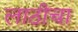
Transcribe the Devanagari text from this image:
लाठीचा